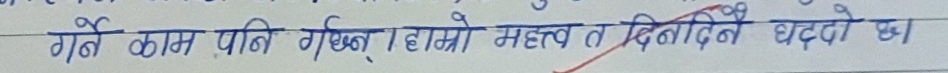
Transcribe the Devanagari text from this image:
गर्ने काम पनि गर्छन् । हाम्रो महत्व त दिनादिनै घट्दो छ